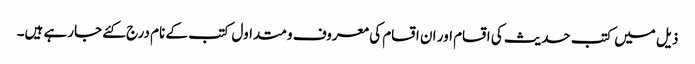
ذیل میں کتب حدیث کی اقسام اور ان اقسام کی معروف و متداول کتب کے نام درج کئے جارہے ہیں۔